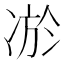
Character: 𭂔